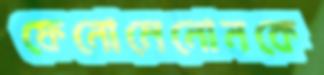
ফেনোমেনোনকে